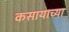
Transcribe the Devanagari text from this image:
कसायाच्या